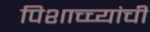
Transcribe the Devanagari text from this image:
पिशाच्च्यांची